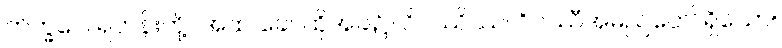
ဘိက္ခဝေ၊ ရဟန်းတို့။ အထ ခေါ၊ ထိုအခါ၌။ ဝိပဿိဿ၊ ဝိပဿီအမည်တော်ရှိသော။